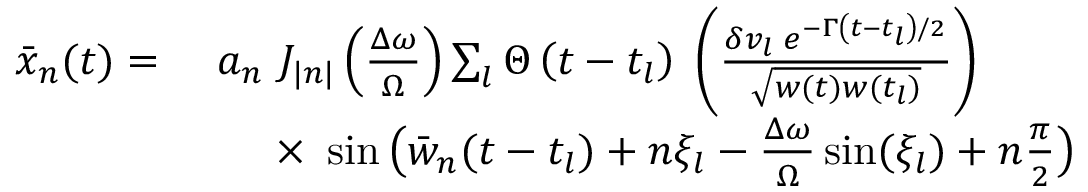
\begin{array} { r l } { \bar { x } _ { n } ( t ) = \ } & { a _ { n } \ J _ { | n | } \left( \frac { \Delta \omega } { \Omega } \right) \sum _ { l } \Theta \left( t - t _ { l } \right) \; \left( \frac { \delta v _ { l } \; e ^ { - \Gamma \left( t - t _ { l } \right) / 2 } } { \sqrt { w ( t ) w ( t _ { l } ) } } \right) } \\ & { \quad \ \times \ \sin \big ( \bar { w } _ { n } ( t - t _ { l } ) + n \xi _ { l } - \frac { \Delta \omega } { \Omega } \sin ( \xi _ { l } ) + n \frac { \pi } { 2 } \big ) } \end{array}